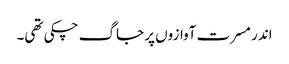
اندر مسرت آوازوں پر جاگ چکی تھی۔